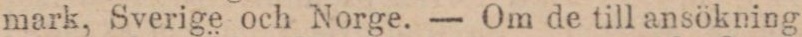
mark, Sverige och Norge. — Om de till ansökning